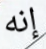
إنه